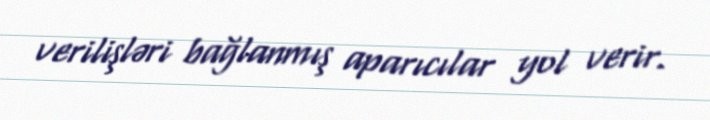
verilişləri bağlanmış aparıcılar yol verir.